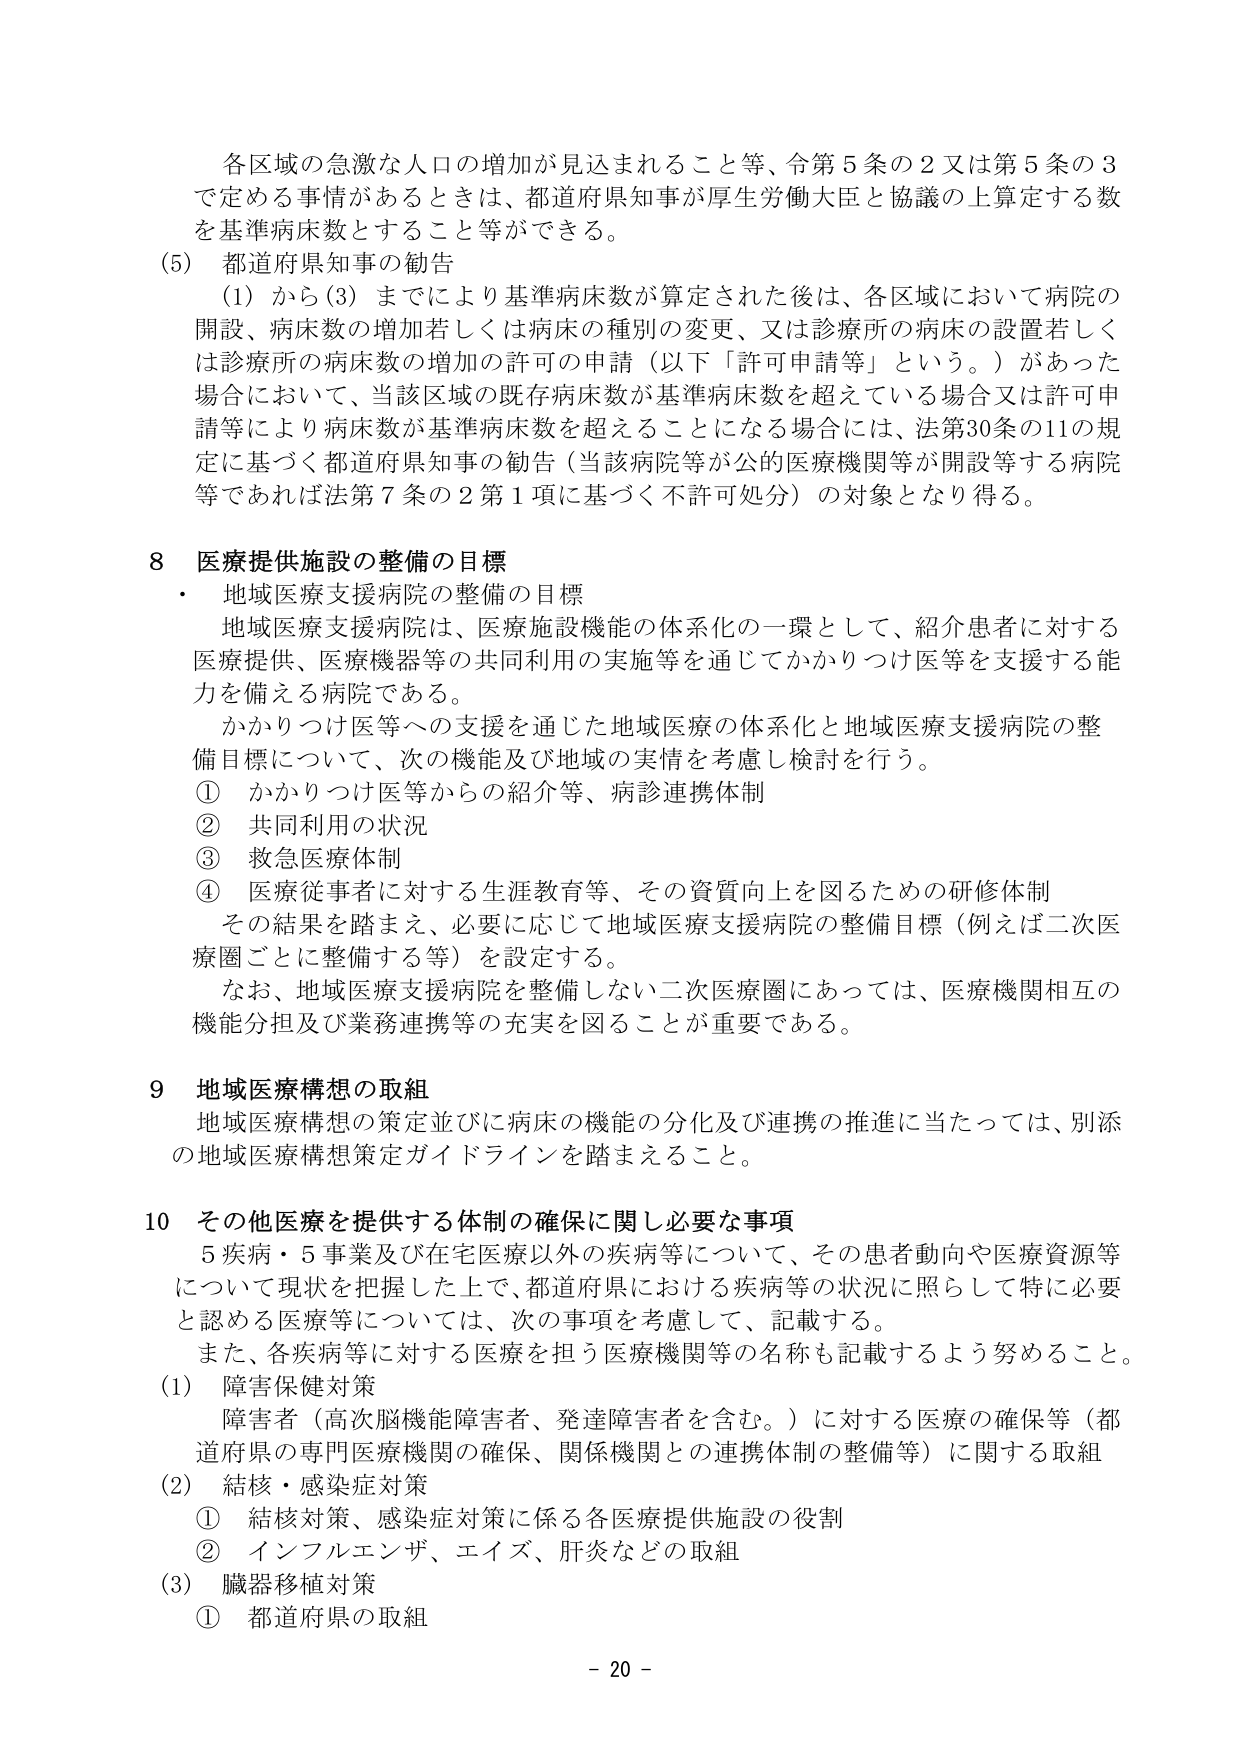
各区画の急激な人口の増加が見込まれること等、令第5条の2又は第5条の3で定める事情があるときは、都道府県知事が厚生労働大臣と協議の上算定する数を基準病床数とすること等ができる。

(5) 都道府県知事の勧告
　(1) から(3) までにより基準病床数が算定された後は、各区域において病院の開設、病床数の増加若しくは病床の種別の変更、又は診療所の病床の設置若しくは診療所の病床数の増加の許可の申請（以下「許可申請等」という。）があった場合において、当該区域の既存病床数が基準病床数を超えている場合又は許可申請等により病床数が基準病床数を超えることになる場合には、法第30条の11の規定に基づく都道府県知事の勧告（当該病院等が公的医療機関等が開設等する病院等であれば法第7条の2第1項に基づく不許可処分）の対象となり得る。

8 医療提供施設の整備の目標
・ 地域医療支援病院の整備の目標
　地域医療支援病院は、医療施設機能の体系化の一環として、紹介患者に対する医療提供、医療機器等の共同利用の実施等を通じてかかりつけ医等を支援する能力を備える病院である。
　かかりつけ医等への支援を通じた地域医療の体系化と地域医療支援病院の整備目標について、次の機能及び地域の実情を考慮し検討を行う。
① かかりつけ医等からの紹介等、病診連携体制
② 共同利用の状況
③ 救急医療体制
④ 医療従事者に対する生涯教育等、その資質向上を図るための研修体制
　その結果を踏まえ、必要に応じて地域医療支援病院の整備目標（例えば二次医療圏ごとに整備する等）を設定する。
　なお、地域医療支援病院を整備しない二次医療圏にあっては、医療機関相互の機能分担及び業務連携等の充実を図ることが重要である。

9 地域医療構想の取組
　地域医療構想の策定並びに病床の機能の分化及び連携の推進に当たっては、別添の地域医療構想策定ガイドラインを踏まえること。

10 その他医療を提供する体制の確保に関し必要な事項
　5疾病・5事業及び在宅医療以外の疾病等について、その患者動向や医療資源等について現状を把握した上で、都道府県における疾病等の状況に照らして特に必要と認める医療等については、次の事項を考慮して、記載する。
　また、各疾病等に対する医療を担う医療機関等の名称も記載するよう努めること。
(1) 障害保健対策
　障害者（高次脳機能障害者、発達障害者を含む。）に対する医療の確保等（都道府県の専門医療機関の確保、関係機関との連携体制の整備等）に関する取組
(2) 結核・感染症対策
　① 結核対策、感染症対策に係る各医療提供施設の役割
　② インフルエンザ、エイズ、肝炎などの取組
(3) 臓器移植対策
　① 都道府県の取組

- 20 -